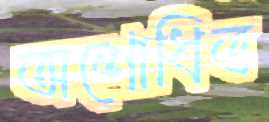
অশোধিত